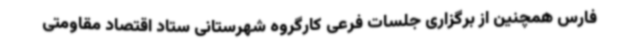
فارس همچنین از برگزاری جلسات فرعی کارگروه شهرستانی ستاد اقتصاد مقاومتی